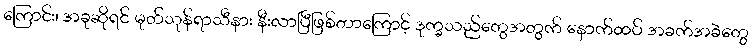
ကြောင်း၊ အခုဆိုရင် မုတ်သုန်ရာသီနား နီးလာပြီဖြစ်တာကြောင့် ဒုက္ခသည်တွေအတွက် နောက်ထပ် အခက်အခဲတွေ